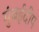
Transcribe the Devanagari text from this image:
मुंबईदीप